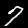
Digit: 7